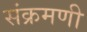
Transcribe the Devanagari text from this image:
संक्रमणी